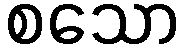
စသော